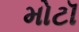
મોટૉ